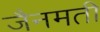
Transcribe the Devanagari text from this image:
जैनमती